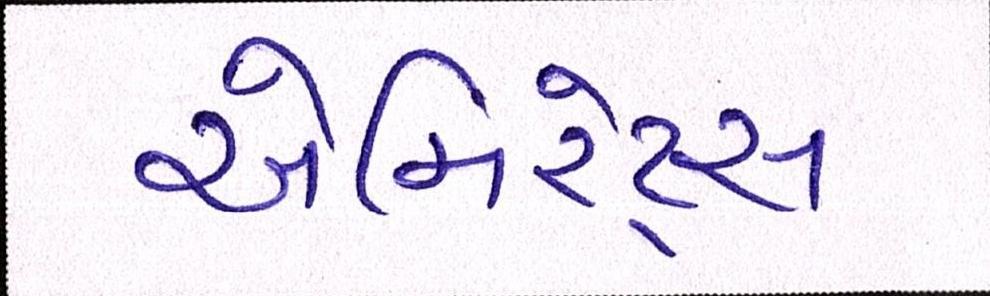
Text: એમિરેટ્સ